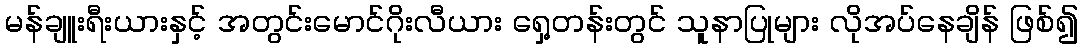
မန်ချူးရီးယားနှင့် အတွင်းမောင်ဂိုးလီယား ရှေ့တန်းတွင် သူနာပြုများ လိုအပ်နေချိန် ဖြစ်၍